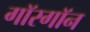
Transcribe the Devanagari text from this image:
गॉरगॉन